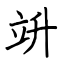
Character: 竔